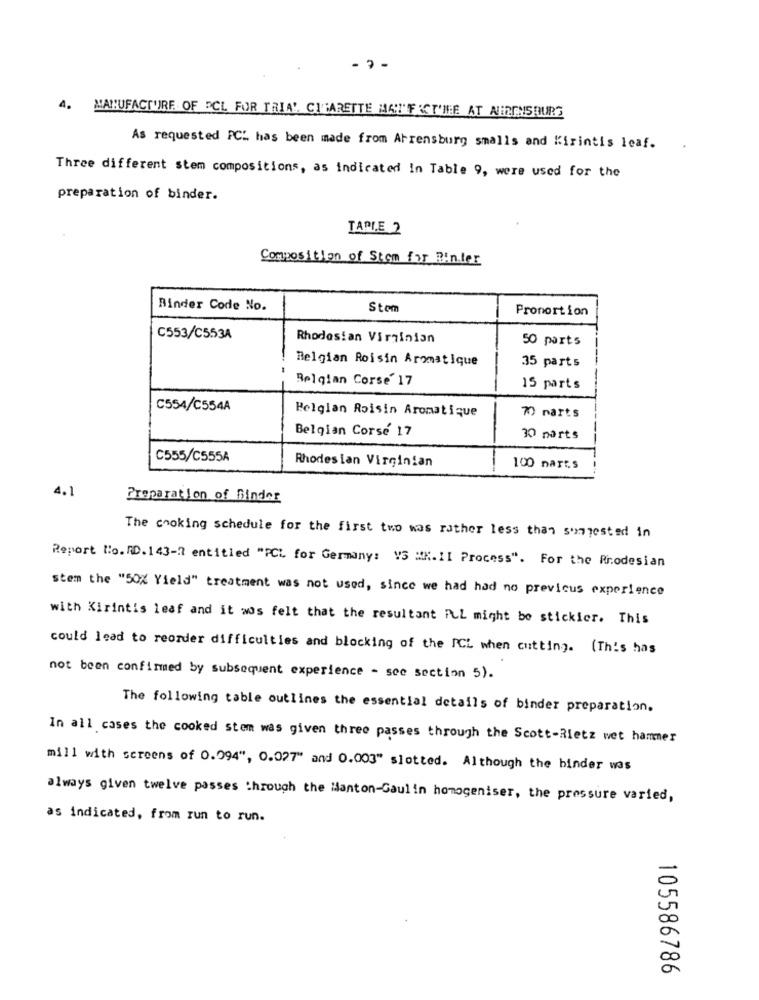
- --
4. MANUFACTURE OF ECL FOR TRIA! CIGARETTE MATFACT'ME AT AHRENSBURG
As requested PCL has been made from Ahrensburg smalls and Kirintis leaf.
Three different stem compositions, as indicated in Table 9, were used for the
preparation of binder.
TAPIE 2
Composition of Stem for Binter
Binder Code No.
Stom
Proportion
C553/C553A
Rhodesian Virginian
50 parts
Belgian Roisin Aromatique
35 parts
Belgian Corse' 17
15 parts
C554/C554A
Belgian Roisin Aromatique
7) marts
Belgian Corse 17
30 parts
C555/C555A
Rhodesian Virginian
100 nart.s
4.1
Preparation of Binder
The cooking schedule for the first two was rather less than sugested in
Report lo. RD. 143-7 entitled "PCL for Germany: VS "K. II Process". For the Rhodesian
stem the "50% Yield" treatment was not used, since we had had no previous experience
with Kirintis leaf and it was felt that the resultant ALL might be stickier. This
could lead to reorder difficulties and blocking of the ICL when cutting. (This has
not been confirmed by subsequent experience - see section 5).
The following table outlines the essential details of binder preparation.
In all cases the cooked stem was given three passes through the Scott-Rietz wet hammer
mill with screens of 0.094", 0.027" and 0.003" slotted. Although the binder was
always given twelve passes through the lanton-Gaulin homogeniser, the pressure varied,
as indicated, from run to run.
105586786